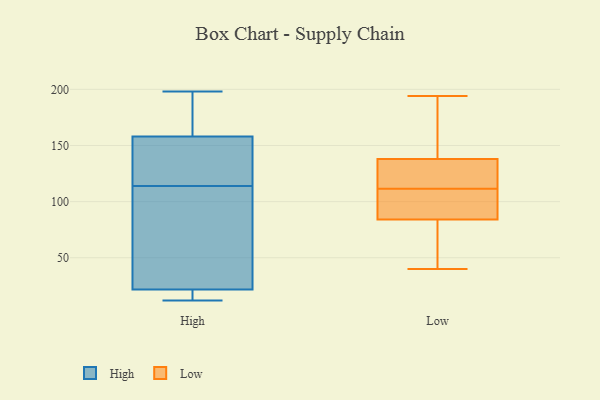
{"axis": {"x": "Production Output", "y": "Value"}, "legend": ["High", "Low"], "data": [{"x": "", "y": 20, "type": "High"}, {"x": "", "y": 158, "type": "High"}, {"x": "", "y": 198, "type": "High"}, {"x": "", "y": 158, "type": "High"}, {"x": "", "y": 114, "type": "High"}, {"x": "", "y": 12, "type": "High"}, {"x": "", "y": 163, "type": "High"}, {"x": "", "y": 155, "type": "High"}, {"x": "", "y": 14, "type": "High"}, {"x": "", "y": 27, "type": "High"}, {"x": "", "y": 27, "type": "High"}, {"x": "", "y": 122, "type": "Low"}, {"x": "", "y": 93, "type": "Low"}, {"x": "", "y": 113, "type": "Low"}, {"x": "", "y": 122, "type": "Low"}, {"x": "", "y": 93, "type": "Low"}, {"x": "", "y": 40, "type": "Low"}, {"x": "", "y": 41, "type": "Low"}, {"x": "", "y": 134, "type": "Low"}, {"x": "", "y": 142, "type": "Low"}, {"x": "", "y": 87, "type": "Low"}, {"x": "", "y": 110, "type": "Low"}, {"x": "", "y": 45, "type": "Low"}, {"x": "", "y": 81, "type": "Low"}, {"x": "", "y": 194, "type": "Low"}, {"x": "", "y": 142, "type": "Low"}, {"x": "", "y": 149, "type": "Low"}]}